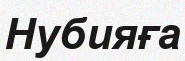
Нубияға